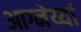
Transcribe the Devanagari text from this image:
आग्नेय्यां